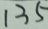
1 3 5